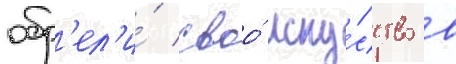
обр'ел'и́ своо́ иску́сство в